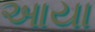
આયા